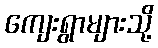
ကျေးရွာများသို့